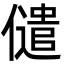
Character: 儙